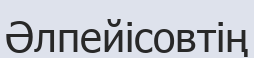
Әлпейісовтің